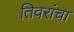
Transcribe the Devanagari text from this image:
तिवरांचा